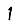
Digit: 1